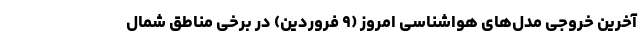
آخرین خروجی مدل‌های هواشناسی امروز (۹ فروردین) در برخی مناطق شمال